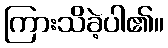
ကြားသိခဲ့ပါ၏။